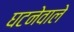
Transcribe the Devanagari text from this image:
घटनेवाले